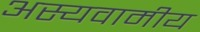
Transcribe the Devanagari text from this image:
अस्यवामीय